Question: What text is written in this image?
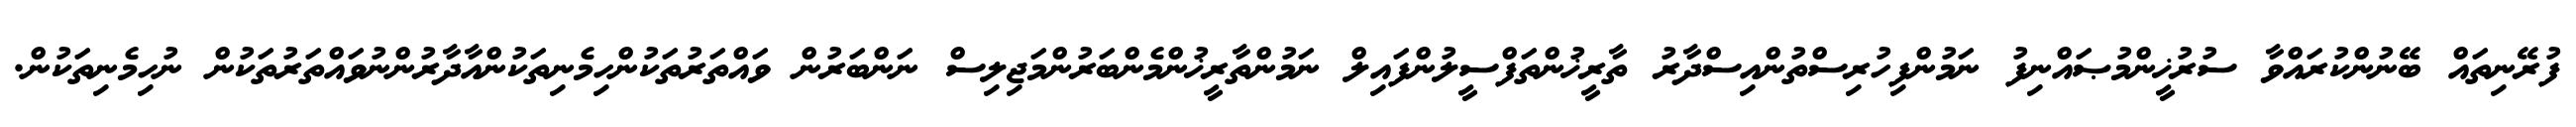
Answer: ފުރޭނިތައް ބޭނުންކުރައްވާ ސުރުޚީންމުޞައްނިފު ނަމުންފިހުރިސްތުންއިސްދާރު ތާރީޚުންތަފްސީލުންފައިލް ނަމުންތާރީޚުންމެންބަރުންމަޖިލިސް ނަންބަރުން ވައްތަރުތަކުންހިމެނިތަކުންއާދާރުންނުވައްތަރުތަކުން ނުހިމެނިތަކުން.